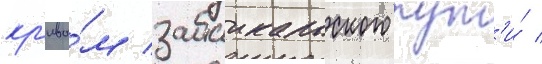
кр'ивы́м забаикальского пут'и́ /